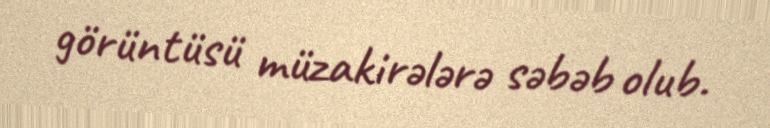
görüntüsü müzakirələrə səbəb olub.